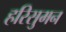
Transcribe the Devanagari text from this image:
हरिसुमन